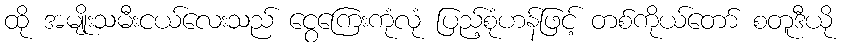
ထို အမျိုးသမီးငယ်လေးသည် ငွေကြေးကုံလုံ ပြည့်စုံဟန်ဖြင့် တစ်ကိုယ်တော် စတူဒီယို